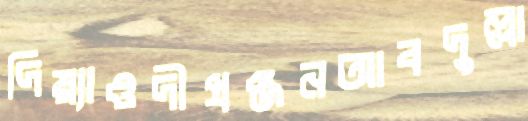
দিয়্যাওদীপ্রঞ্জনআবদুল্লা